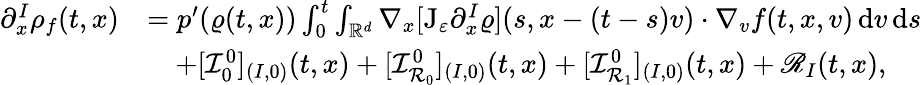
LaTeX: \begin{array}{rl}{\partial_{x}^{I}\rho_{f}(t,x)}&{=p^{\prime}(\varrho(t,x))\int_{0}^{t}\int_{\mathbb R^{d}}\nabla_{x}[\mathrm{J}_{\varepsilon}\partial_{x}^{I}\varrho](s,x-(t-s)v)\cdot\nabla_{v}f(t,x,v)\, \mathrm{d}v\, \mathrm{d}s}\\ &{\quad+[\mathcal{I}_{0}^{0}]_{(I,0)}(t,x)+[\mathcal{I}_{\mathcal{R}_{0}}^{0}]_{(I,0)}(t,x)+[\mathcal{I}_{\mathcal{R}_{1}}^{0}]_{(I,0)}(t,x)+\mathscr{R}_{I}(t,x),}\end{array}